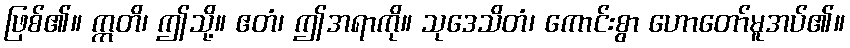
ဖြစ်၏။ ဣတိ၊ ဤသို့။ ဧတံ၊ ဤအရာကို။ သုဒေသိတံ၊ ကောင်းစွာ ဟောတော်မူအပ်၏။